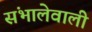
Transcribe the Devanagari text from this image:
संभालेवाली